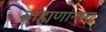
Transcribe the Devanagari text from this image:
ब्राह्मणांनाच